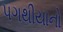
પગથીયાનો